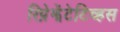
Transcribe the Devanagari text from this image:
रिप्रेझेंटेटिव्हस